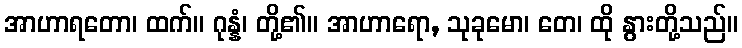
အာဟာရတော၊ ထက်။ ဂုန္နံ၊ တို့၏။ အာဟာရော, သုခုမော၊ တေ၊ ထို နွားတို့သည်။